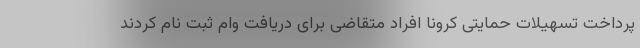
پرداخت تسهیلات حمایتی کرونا افراد متقاضی برای دریافت وام ثبت نام کردند